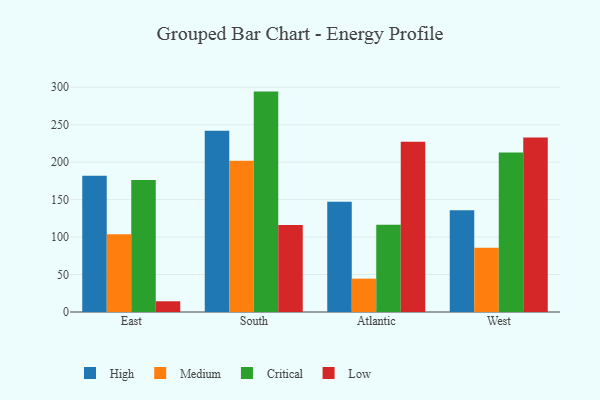
{"axis": {"x": "Region", "y": "Tickets Resolved"}, "legend": ["Critical", "High", "Low", "Medium"], "data": [{"x": "East", "y": 181.8, "type": "High"}, {"x": "East", "y": 103.9, "type": "Medium"}, {"x": "East", "y": 176.1, "type": "Critical"}, {"x": "East", "y": 14.3, "type": "Low"}, {"x": "South", "y": 242.1, "type": "High"}, {"x": "South", "y": 202.0, "type": "Medium"}, {"x": "South", "y": 294.2, "type": "Critical"}, {"x": "South", "y": 116.1, "type": "Low"}, {"x": "Atlantic", "y": 147.2, "type": "High"}, {"x": "Atlantic", "y": 44.5, "type": "Medium"}, {"x": "Atlantic", "y": 116.3, "type": "Critical"}, {"x": "Atlantic", "y": 227.3, "type": "Low"}, {"x": "West", "y": 135.7, "type": "High"}, {"x": "West", "y": 85.7, "type": "Medium"}, {"x": "West", "y": 213.0, "type": "Critical"}, {"x": "West", "y": 232.8, "type": "Low"}]}